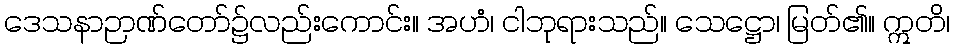
ဒေသနာဉာဏ်တော်၌လည်းကောင်း။ အဟံ၊ ငါဘုရားသည်။ သေဋ္ဌော၊ မြတ်၏။ ဣတိ၊